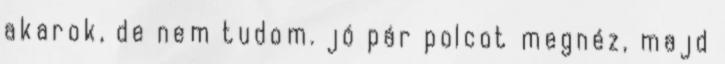
akarok, de nem tudom. jó pár polcot megnéz, majd